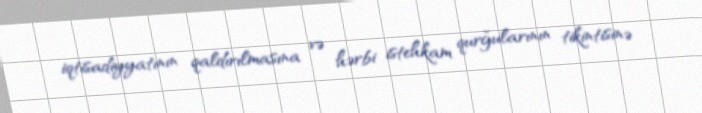
iqtisadiyyatının qaldırılmasına və hərbi istehkam qurğularının tikintisinə